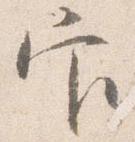
官